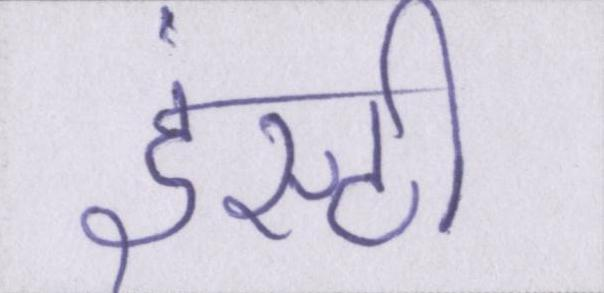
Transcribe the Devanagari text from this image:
इंस्टी